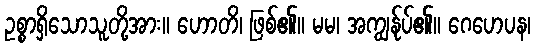
ဥစ္စာရှိသောသူတို့အား။ ဟောတိ၊ ဖြစ်၏။ မမ၊ အကျွန်ုပ်၏။ ဂေဟေပန၊